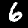
Label: 6